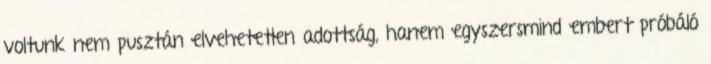
voltunk nem pusztán elvehetetlen adottság, hanem egyszersmind embert próbáló